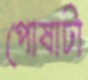
পোষাটা